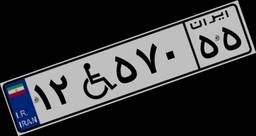
۱۲W۵۷۰۵۵